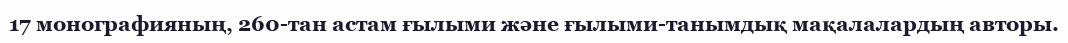
17 монографияның, 260-тан астам ғылыми және ғылыми-танымдық мақалалардың авторы.